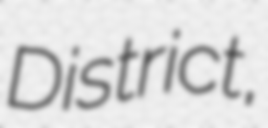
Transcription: District,